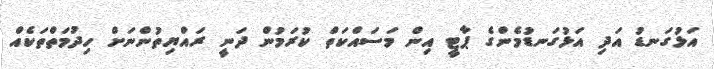
އަޅުގަނޑު އަދި އަޅުގަނޑުމެންގެ ޕާޓީ އިން މަސައްކަތް ކުރަމުން ދަނީ ރައްޔިތުންނަށް ހިދުމަތްތަކެއް